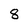
Character: 8